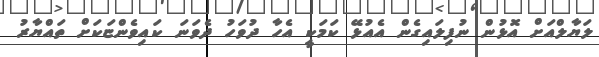
ލަޔާލްއަށް އޮޅުން ނުފިލައިގެން އެއުޅޭ ކަމަކީ އެހާ ދުވަހު ދެވަނަ ކައިވެންޏަކަށް ތައްޔާރު